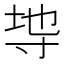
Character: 𭔭